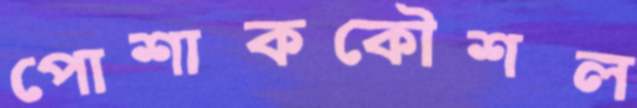
পোশাককৌশল